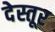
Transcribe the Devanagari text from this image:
देस्तूर